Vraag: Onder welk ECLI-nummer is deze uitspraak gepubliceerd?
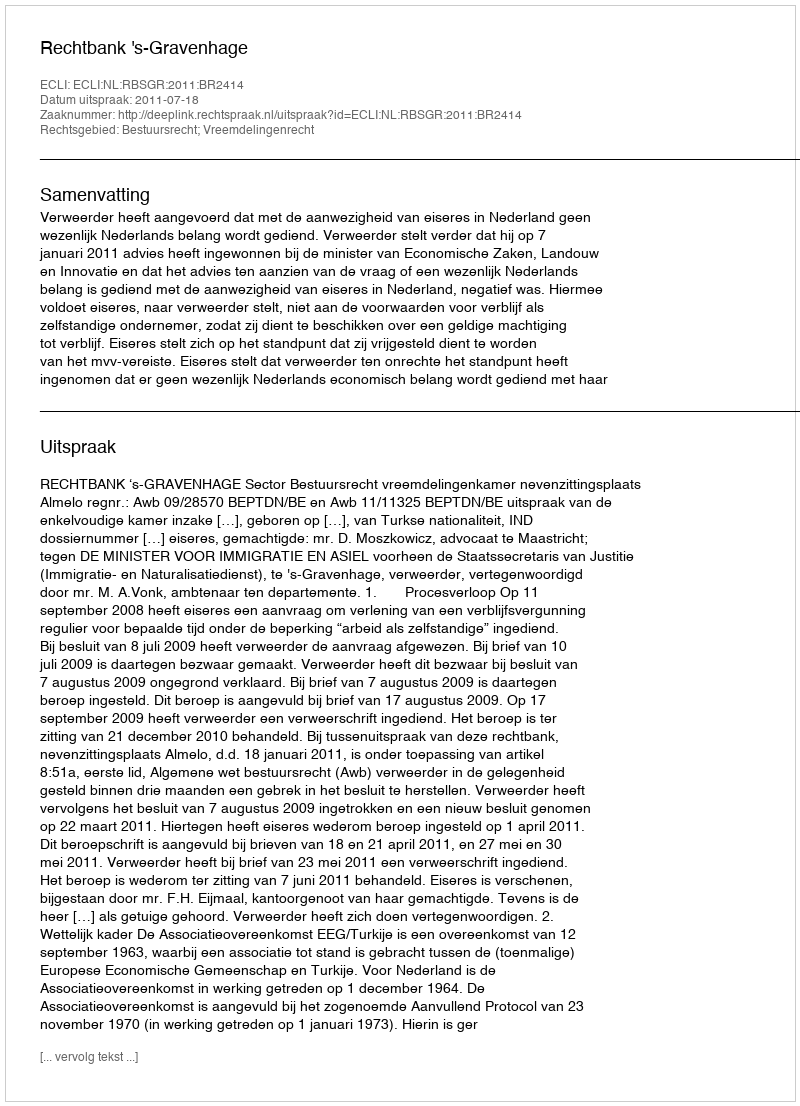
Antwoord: ECLI:NL:RBSGR:2011:BR2414